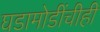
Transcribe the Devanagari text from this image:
घडामोडींचीही